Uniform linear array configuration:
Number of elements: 16
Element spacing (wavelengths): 0.25
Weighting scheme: hann
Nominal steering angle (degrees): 60
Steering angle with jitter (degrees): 61.831
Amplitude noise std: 0.05
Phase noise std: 0.05

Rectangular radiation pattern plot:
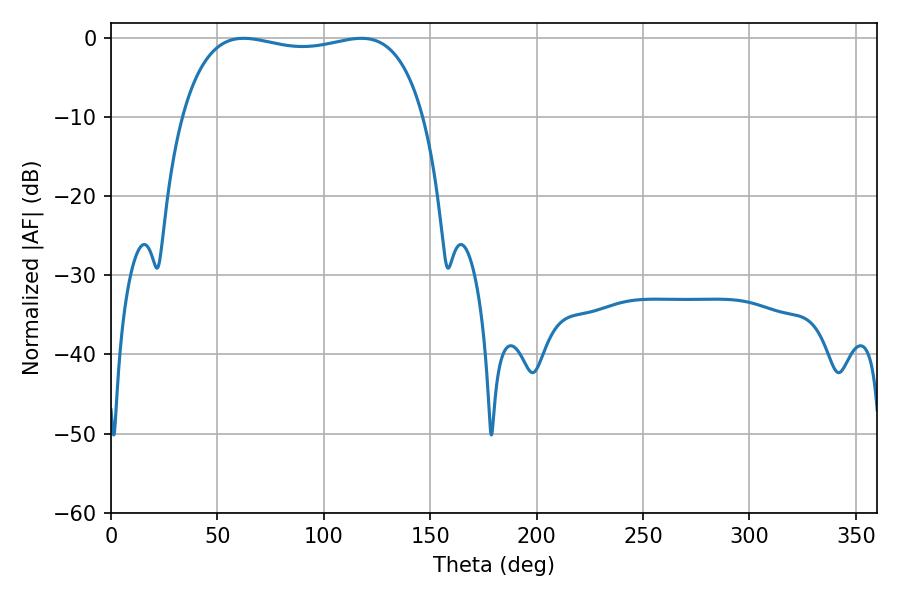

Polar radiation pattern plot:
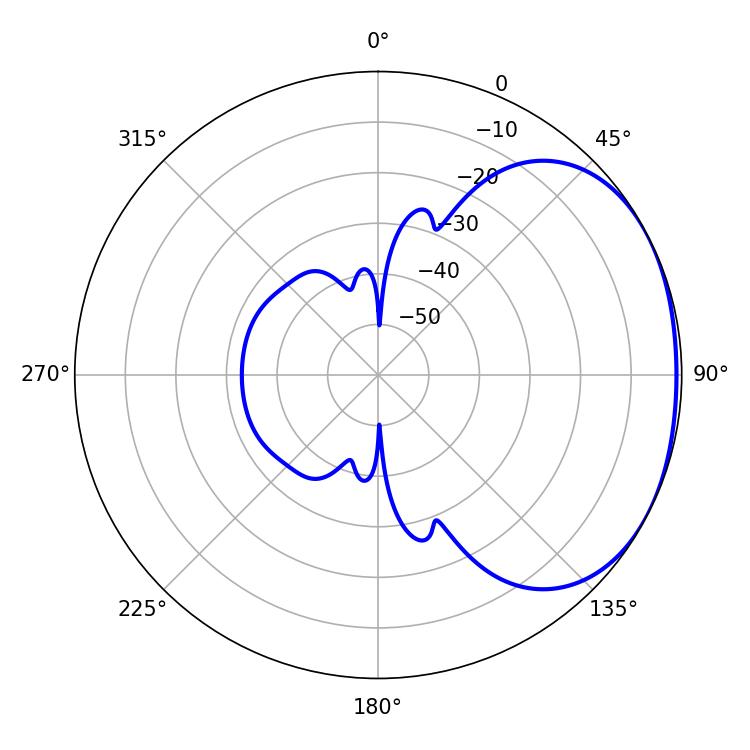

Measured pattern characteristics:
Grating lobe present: FALSE
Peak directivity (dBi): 1.809
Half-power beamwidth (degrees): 91.8
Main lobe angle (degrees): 62.46